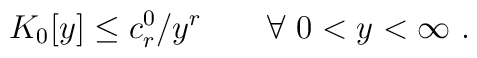
K_0[y] \leq c^0_r/ y^r \qquad \forall ~0 < y < \infty~.